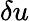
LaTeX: {\mathbf\delta u}